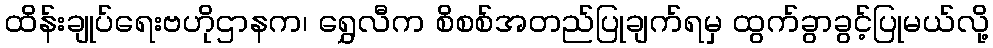
ထိန်းချုပ်ရေးဗဟိုဌာနက၊ ရွှေလီက စိစစ်အတည်ပြုချက်ရမှ ထွက်ခွာခွင့်ပြုမယ်လို့